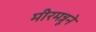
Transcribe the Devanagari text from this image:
मीरमन्नूने